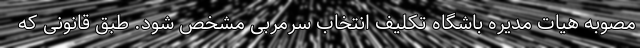
مصوبه هیات مدیره باشگاه تکلیف انتخاب سرمربی مشخص شود. طبق قانونی که